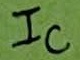
Text: IC